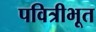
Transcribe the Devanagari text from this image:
पवित्रीभूत